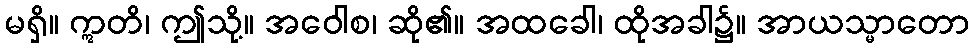
မရှိ။ ဣတိ၊ ဤသို့။ အဝေါစ၊ ဆို၏။ အထခေါ၊ ထိုအခါ၌။ အာယသ္မာတော